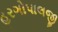
હરગોપાલજી